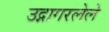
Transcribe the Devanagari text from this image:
उद्गागरलेले